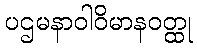
ပဌမနာဝါဝိမာနဝတ္ထု